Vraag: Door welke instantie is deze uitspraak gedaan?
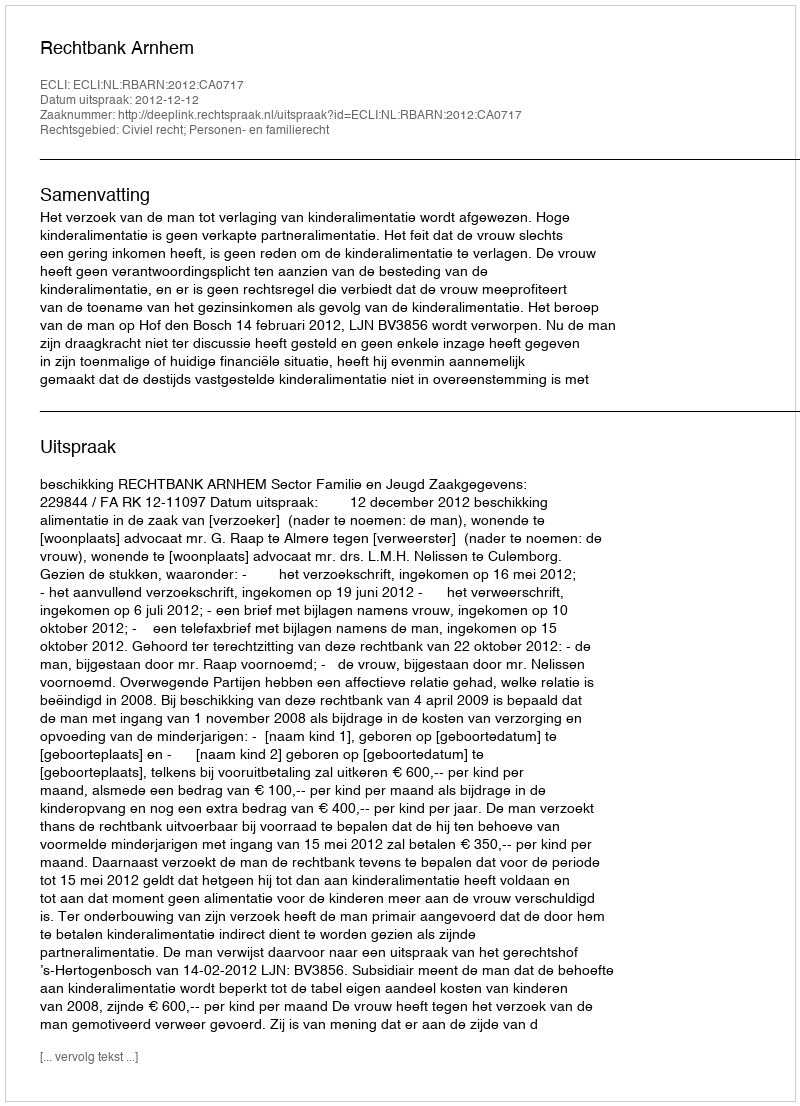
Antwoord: Rechtbank Arnhem